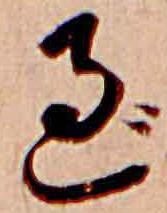
過